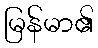
မြန်မာ၏